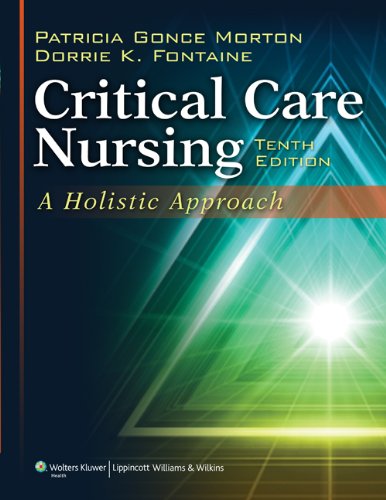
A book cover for Critical Care Nursing: A Holistic Approach; Patricia Gonce Morton RN  PhD  ACNP-BC  FAAN; Medical Books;